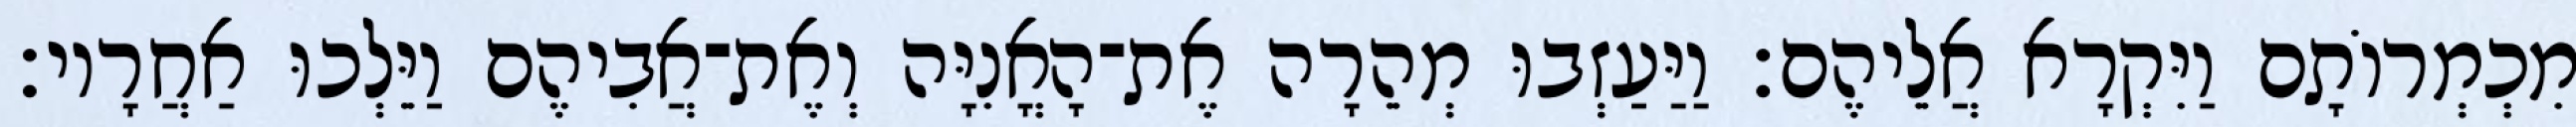
מִכְמְרוֹתָם וַיִּקְרָא אֲלֵיהֶם׃ וַיַּעַזְבוּ מְהֵרָה אֶת־הָאֳנִיָּה וְאֶת־אֲבִיהֶם וַיֵּלְכוּ אַחֲרָיו׃